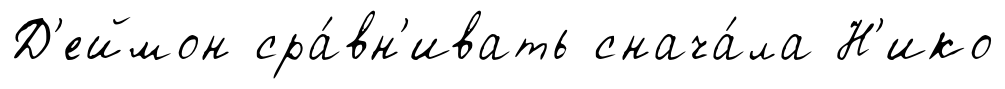
Д'еймон сра́вн'ивать снача́ла Н'ико